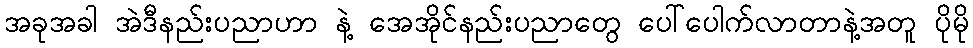
အခုအခါ အဲဒီနည်းပညာဟာ နဲ့ အေအိုင်နည်းပညာတွေ ပေါ်ပေါက်လာတာနဲ့အတူ ပိုမို